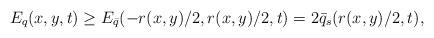
LaTeX: \begin{align*}E_q(x,y,t)\geq E_{\bar q}(-r(x,y)/2,r(x,y)/2,t)=2\bar q_s(r(x,y)/2,t),\end{align*}